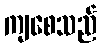
ကျစေသည်